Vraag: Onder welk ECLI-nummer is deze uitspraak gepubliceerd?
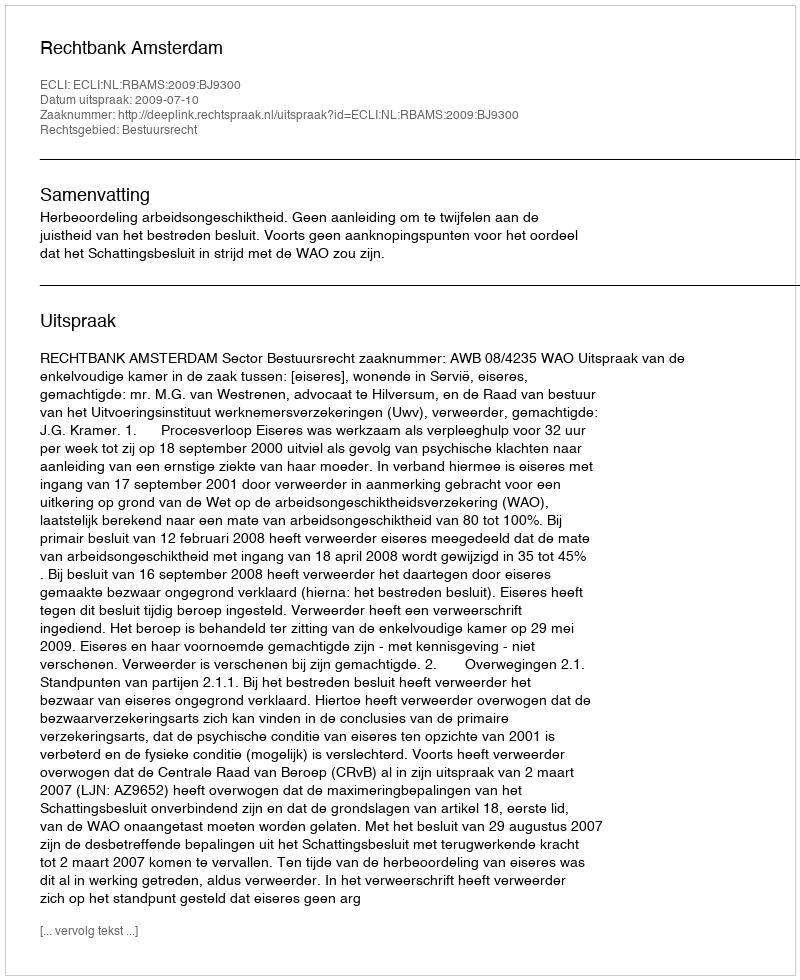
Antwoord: ECLI:NL:RBAMS:2009:BJ9300